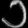
Digit: ၁